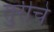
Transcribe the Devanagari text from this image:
तुरीचे